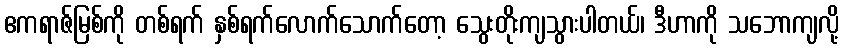
ဧကရာဇ်မြစ်ကို တစ်ရက် နှစ်ရက်လောက်သောက်တော့ သွေးတိုးကျသွားပါတယ်၊ ဒီဟာကို သဘောကျလို့